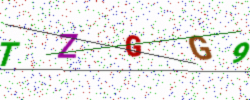
Text: TZGG9